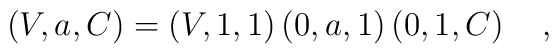
\left( V,a,C\right) =\left( V,1,1\right) \left( 0,a,1\right)\left( 0,1,C\right) \quad ,